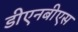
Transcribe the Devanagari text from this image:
डीएनबीएस